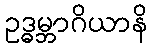
ဥဒ္ဓမ္ဘာဂိယာနိ